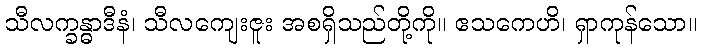
သီလက္ခန္ဓာဒီနံ၊ သီလကျေးဇူး အစရှိသည်တို့ကို။ ဧသကေဟိ၊ ရှာကုန်သော။